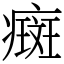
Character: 癍